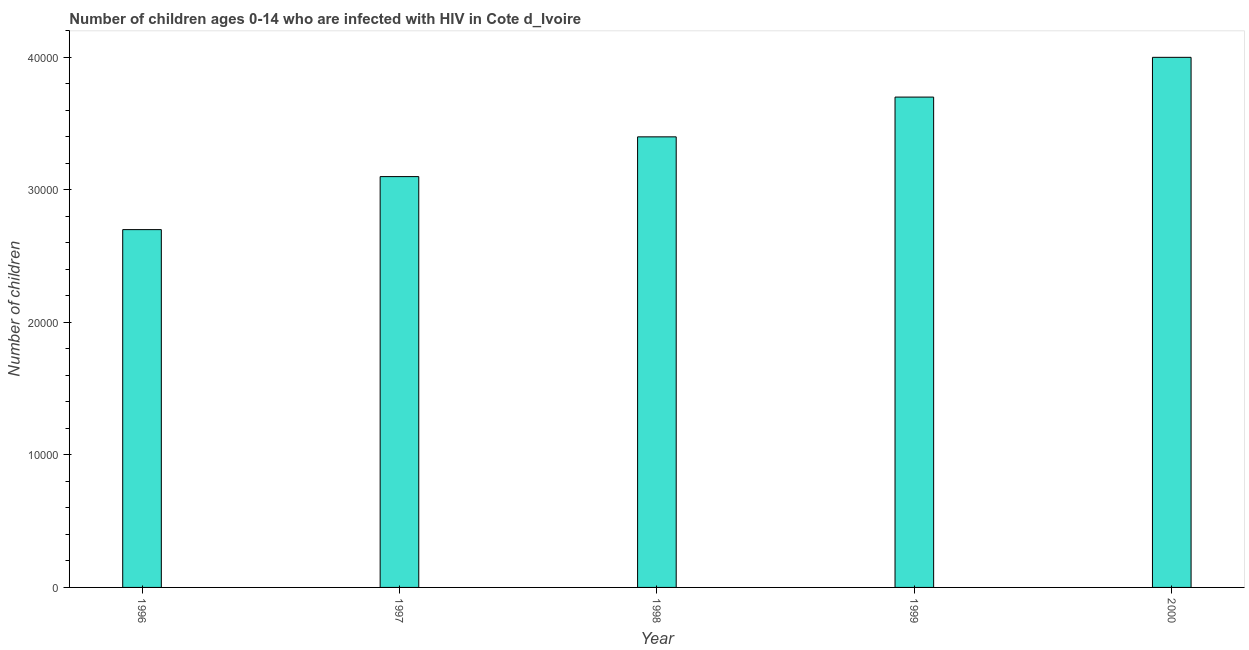
| Year | Children (0-14) living with HIV |
 | --- | --- |
 | 1996 | 2.7e+04 |
 | 1997 | 3.1e+04 |
 | 1998 | 3.4e+04 |
 | 1999 | 3.7e+04 |
 | 2000 | 4e+04 |